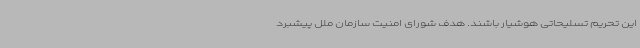
این تحریم تسلیحاتی هوشیار باشند. هدف شورای امنیت سازمان ملل پیشبرد